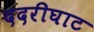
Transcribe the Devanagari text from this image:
ददरीघाट